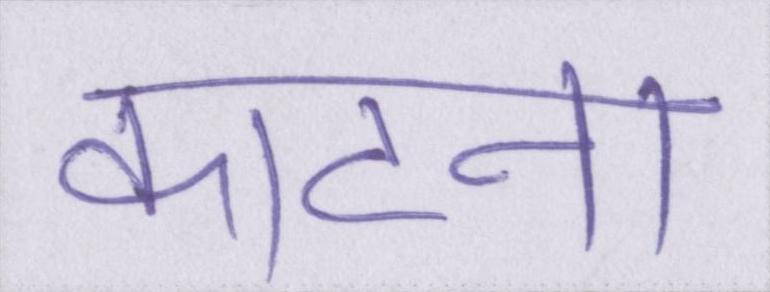
काटना